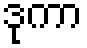
ဒုကာ